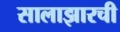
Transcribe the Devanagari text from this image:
सालाझारची